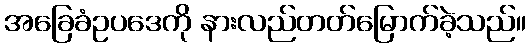
အခြေခံဥပဒေကို နားလည်တတ်မြောက်ခဲ့သည်။